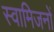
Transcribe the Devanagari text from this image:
स्वामिजनों